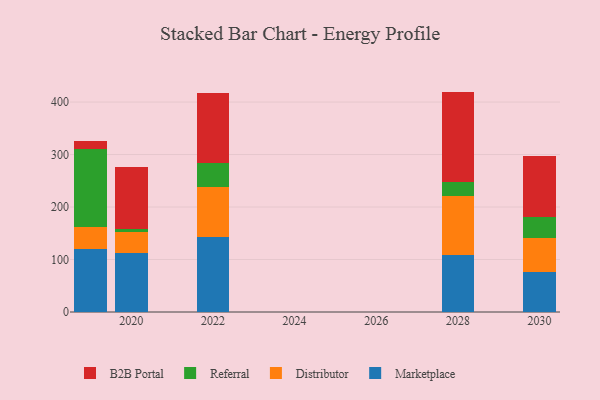
{"axis": {"x": "Year", "y": "Customer Acquisition Cost (USD)"}, "legend": ["B2B Portal", "Distributor", "Marketplace", "Referral"], "data": [{"x": "2022", "y": 143.8, "type": "Marketplace"}, {"x": "2022", "y": 94.2, "type": "Distributor"}, {"x": "2022", "y": 46.1, "type": "Referral"}, {"x": "2022", "y": 132.4, "type": "B2B Portal"}, {"x": "2028", "y": 107.9, "type": "Marketplace"}, {"x": "2028", "y": 112.4, "type": "Distributor"}, {"x": "2028", "y": 26.7, "type": "Referral"}, {"x": "2028", "y": 172.9, "type": "B2B Portal"}, {"x": "2030", "y": 76.7, "type": "Marketplace"}, {"x": "2030", "y": 64.4, "type": "Distributor"}, {"x": "2030", "y": 40.6, "type": "Referral"}, {"x": "2030", "y": 115.9, "type": "B2B Portal"}, {"x": "2019", "y": 120.8, "type": "Marketplace"}, {"x": "2019", "y": 41.7, "type": "Distributor"}, {"x": "2019", "y": 147.9, "type": "Referral"}, {"x": "2019", "y": 15.6, "type": "B2B Portal"}, {"x": "2020", "y": 113.1, "type": "Marketplace"}, {"x": "2020", "y": 39.5, "type": "Distributor"}, {"x": "2020", "y": 5.6, "type": "Referral"}, {"x": "2020", "y": 117.8, "type": "B2B Portal"}]}